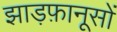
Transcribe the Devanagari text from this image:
झाड़फ़ानूसों